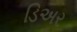
ડિઅર